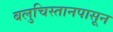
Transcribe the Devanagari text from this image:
बलुचिस्तानपासून